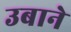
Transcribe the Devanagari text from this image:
उबाने